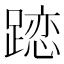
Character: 𨄄